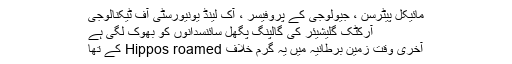
مائیکل پیٹرسن ، جیولوجی کے پروفیسر ، آک لینڈ یونیورسٹی آف ٹیکنالوجی
آرکٹک گلیشیئر کی گالپنگ پگھل سائنسدانوں کو بھوک لگی ہے
آخری وقت زمین برطانیہ میں یہ گرم خلاف Hippos roamed کے تھا